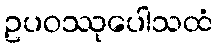
ဥပဝဿုပေါသထံ